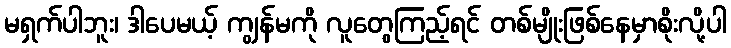
မရှက်ပါဘူး၊ ဒါပေမယ့် ကျွန်မကို လူတွေကြည့်ရင် တစ်မျိုးဖြစ်နေမှာစိုးလို့ပါ